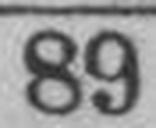
89